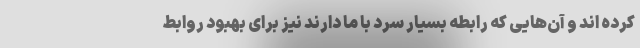
کرده اند و آن‌هایی که رابطه بسیار سرد با ما دارند نیز برای بهبود روابط